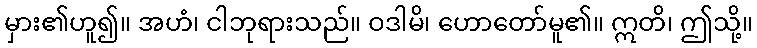
မှား၏ဟူ၍။ အဟံ၊ ငါဘုရားသည်။ ဝဒါမိ၊ ဟောတော်မူ၏။ ဣတိ၊ ဤသို့။